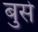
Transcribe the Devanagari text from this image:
बुसे